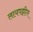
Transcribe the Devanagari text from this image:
लायपझीग